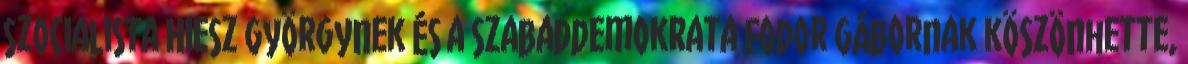
szocialista Hiesz Györgynek és a szabaddemokrata Fodor Gábornak köszönhette,